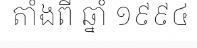
តាំងពី ឆ្នាំ ១៩៩៤